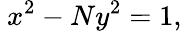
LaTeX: \ x^{2}-Ny^{2}=1,